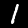
Digit: 1